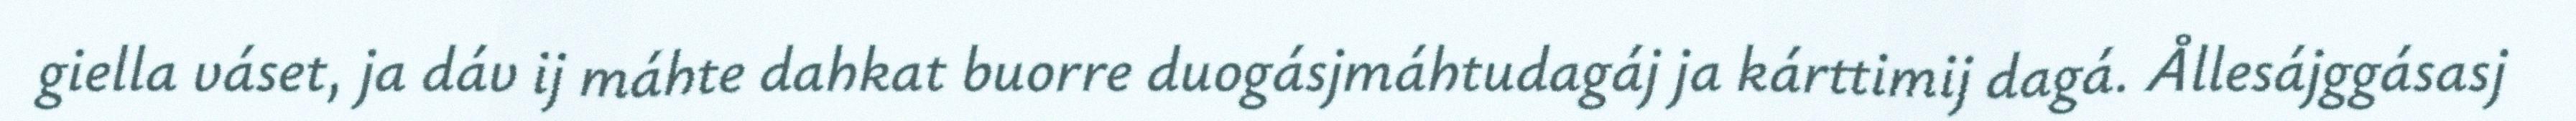
giella váset, ja dáv ij máhte dahkat buorre duogásjmáhtudagáj ja kárttimij dagá. Ållesájggásasj